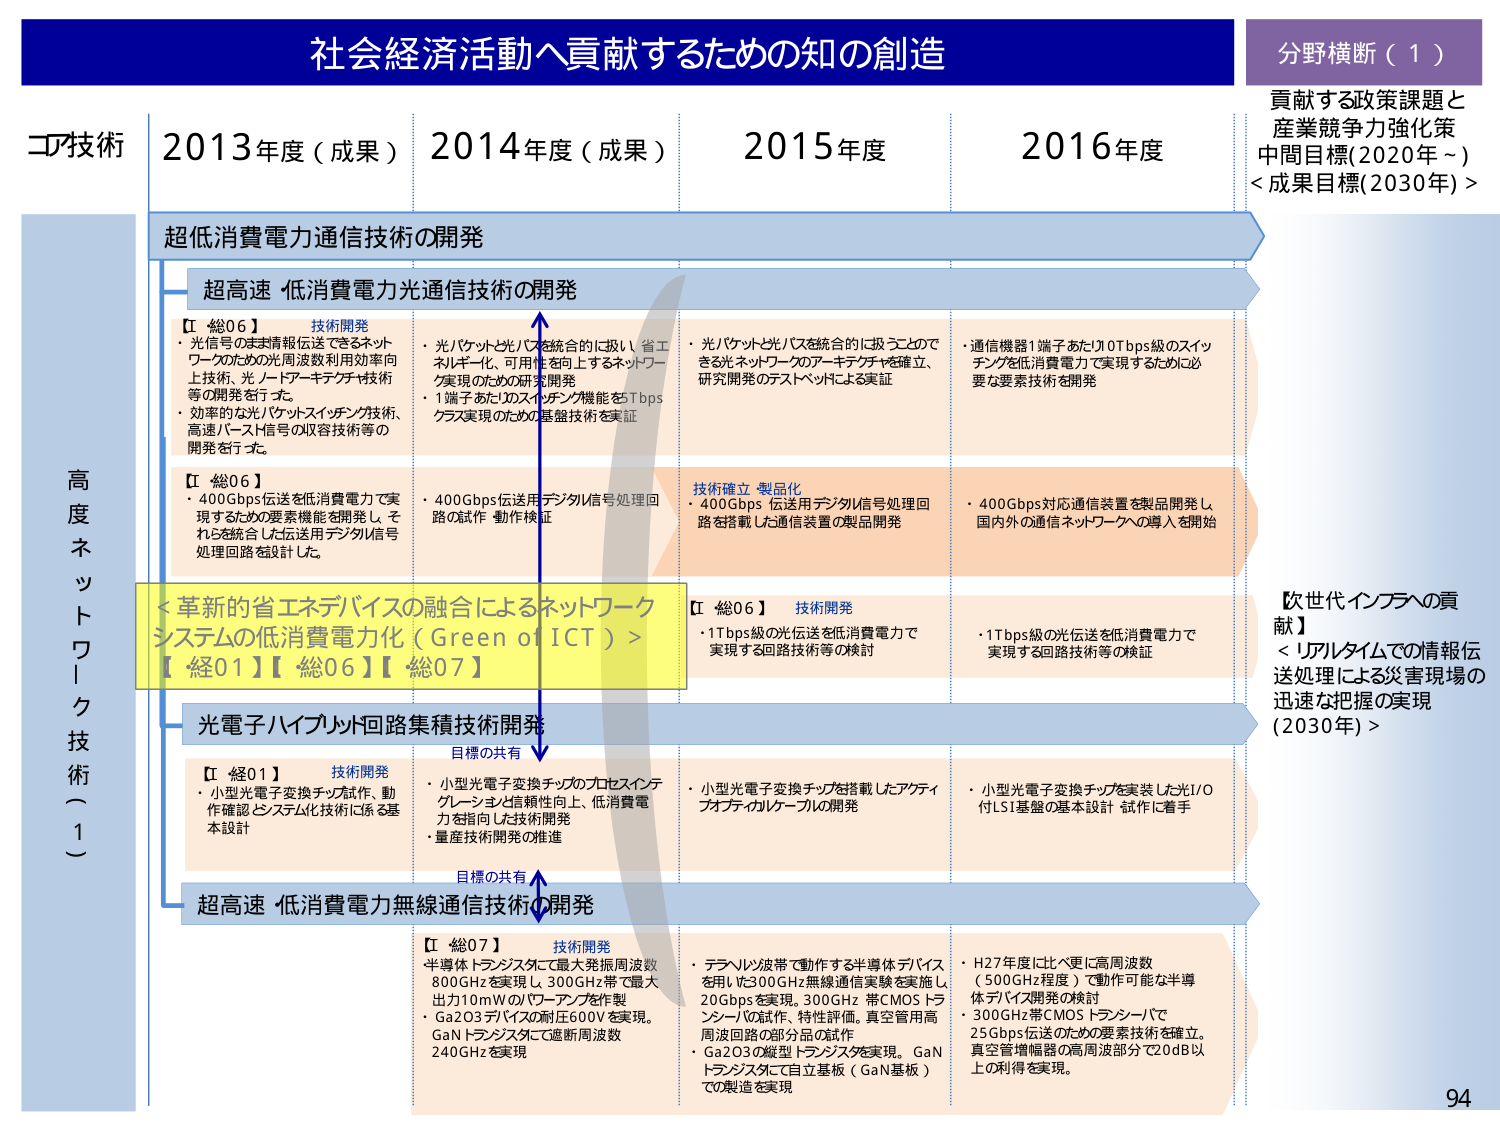
社会経済活動へ貢献するための知の創造

分野横断（１）
貢献する政策課題と
産業競争力強化策
中間目標（2020年～）
＜成果目標（2030年）＞

コア技術
2013年度（成果）
2014年度（成果）
2015年度
2016年度

高度ネットワーク技術（１）

超低消費電力通信技術の開発

超高速 低消費電力光通信技術の開発

【総06】 技術開発
・光信号のまま情報伝送できるネットワークのための光周波数利用効率向上技術、光ノードアーキテクチャ技術等の開発を行う。
・効率的な光パケットスイッチング技術、高速バースト信号の収容技術等の開発を行う。

【総06】
・400Gbps伝送を低消費電力で実現するための要素機能を開発し、それらを統合した伝送用デジタル信号処理回路を設計した。

・光パケットと光バスを統合的に扱い、省エネ・小型化、可用性を向上するネットワーク実現のための研究開発
・1端子あたりのスイッチング機能をTbpsクラス実現のための基盤技術を実証

・光パケットと光バスを統合的に扱うことでできる光ネットワークのアーキテクチャを確立、研究開発のテストベッドによる実証

・通信機器1端子あたり10Tbps級のスイッチングを低消費電力で実現するために必要な要素技術を開発

技術確立・製品化
・400Gbps伝送用デジタル信号処理回路を搭載した通信装置の製品開発
・400Gbps対応通信装置を製品開発し、国内外の通信ネットワークへの導入を開始

＜革新的省エネデバイスの融合によるネットワークシステムの低消費電力化（Green of ICT）＞
【経01】【総06】【総07】

【総06】 技術開発
・1Tbps級の光伝送を低消費電力で実現する回路技術等の検討

・1Tbps級の光伝送を低消費電力で実現する回路技術等の検証

光電子ハイブリッド回路集積技術開発

【経01】 技術開発
・小型光電子変換チップ試作、動作確認、システム化技術に係る基本設計

目標の共有
・小型光電子変換チップのプロセスインテグレーショと信頼性向上、低消費電力を目指した技術開発
・量産技術開発の推進

・小型光電子変換チップを搭載したアクティブオプティカルケーブルの開発

・小型光電子変換チップを実装した光I/O付LSI基盤の基本設計 試作に着手

超高速 低消費電力無線通信技術の開発

【総07】 技術開発
・半導体トランジスタに最大発振周波数800GHzを実現し、300GHz帯で最大出力10mWのパワーアンプを作製
・Ga2O3デバイスの耐圧600Vを実現。GaNトランジスタにて遮断周波数240GHzを実現

・テラヘルツ波帯で動作する半導体デバイスを用いた300GHz無線通信実験を実施し、20Gbpsを実現。300GHz帯CMOSトランジスタの試作、特性評価。真空管用高周波回路の部分品の試作
・Ga2O3の磁型トランジスタを実現。GaNトランジスタにて自立基板（GaN基板）での製造を実現

・H27年度に比べ更に高周波数（500GHz程度）で動作可能な半導体デバイス開発の検討
・300GHz帯CMOSトランジスタで25Gbps伝送のための要素技術を確立。真空管増幅器の高周波部分で20dB以上の利得を実現。

【次世代インフラへの貢献】
＜リアルタイムでの情報伝送処理による災害現場の迅速な把握の実現（2030年）＞

94